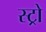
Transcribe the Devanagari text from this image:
स्ट्रो